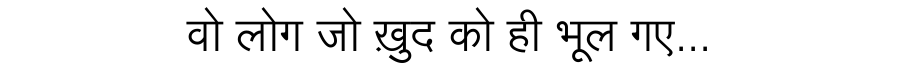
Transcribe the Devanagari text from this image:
वो लोग जो ख़ुद को ही भूल गए...